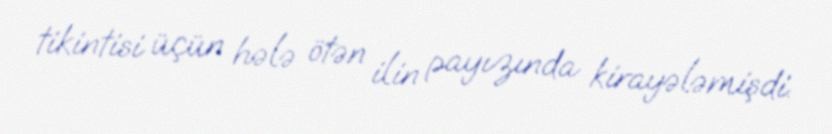
tikintisi üçün hələ ötən ilin payızında kirayələmişdi.